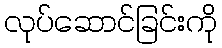
လုပ်ဆောင်ခြင်းကို